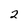
Character: 2